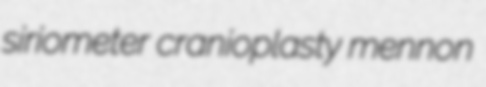
siriometer cranioplasty mennon